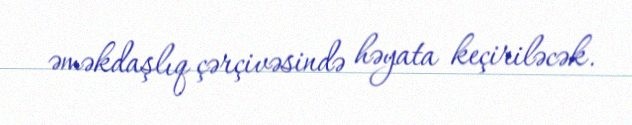
əməkdaşlıq çərçivəsində həyata keçiriləcək.